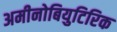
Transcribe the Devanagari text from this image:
अमीनोबियुटिरिक